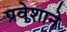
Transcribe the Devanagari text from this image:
प्रवेशाने